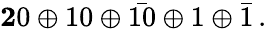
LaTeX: \mathbf 20\oplus 10\oplus\bar{10}\oplus 1\oplus\bar{1}\, .